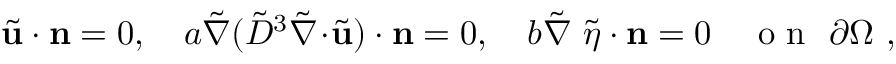
\tilde { \mathbf { u } } \cdot \mathbf { n } = 0 , \quad a \tilde { \nabla } ( \tilde { D } ^ { 3 } \tilde { \nabla } \! \cdot \! \tilde { \mathbf { u } } ) \cdot \mathbf { n } = 0 , \quad b \tilde { \nabla } ~ \tilde { \eta } \cdot \mathbf { n } = 0 \quad \mathrm { ~ o ~ n ~ } \ \partial \Omega \ ,